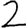
Digit: 2